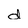
Character: d